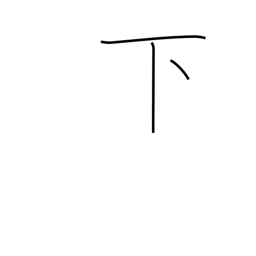
Meaning: down